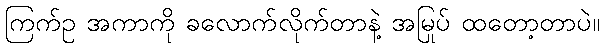
ကြက်ဥ အကာကို ခလောက်လိုက်တာနဲ့ အမြုပ် ထတော့တာပဲ။